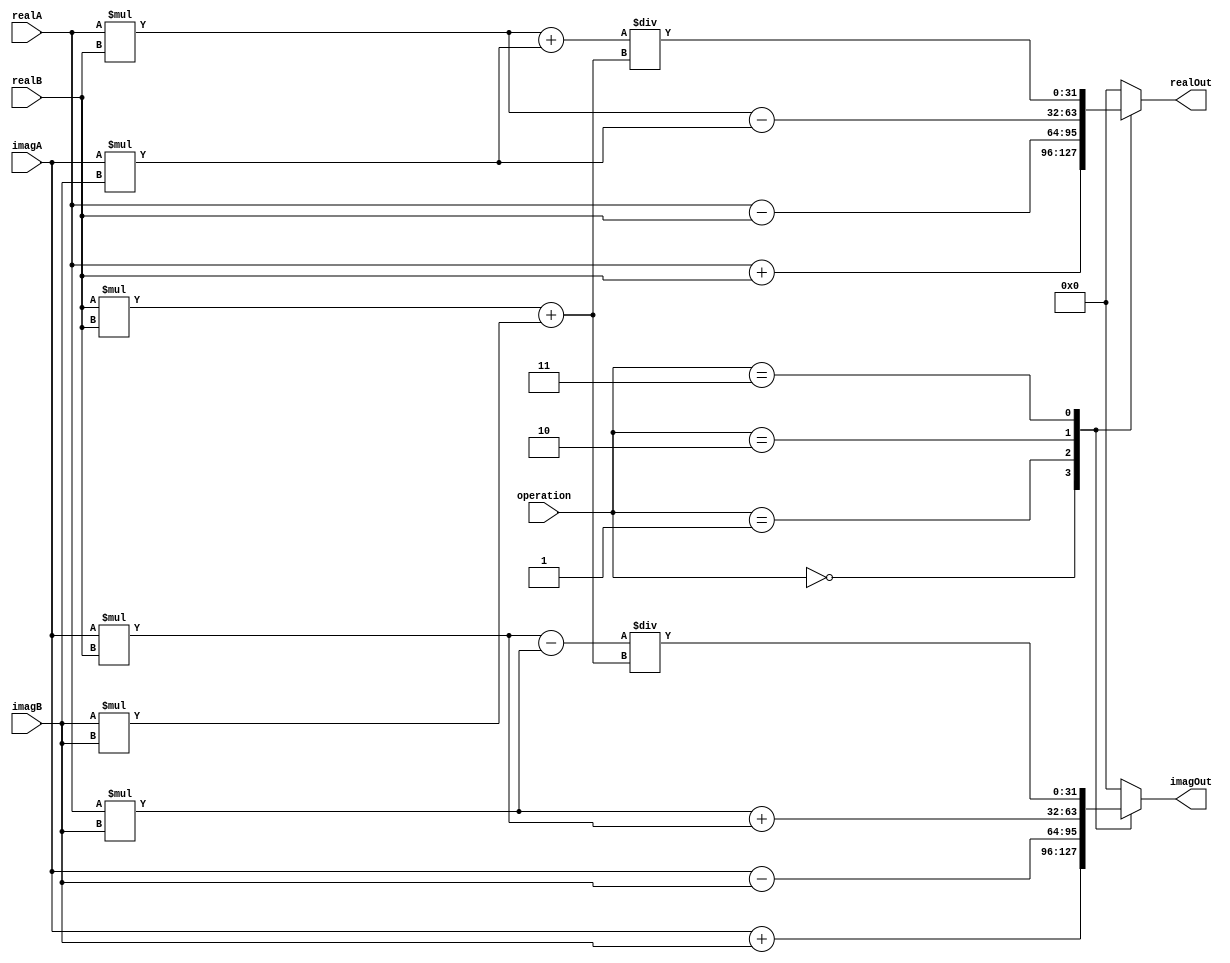
module Complex_ALU (
    input [31:0] realA,
    input [31:0] imagA,
    input [31:0] realB,
    input [31:0] imagB,
    input [3:0] operation,
    output reg [31:0] realOut,
    output reg [31:0] imagOut
);

reg [31:0] result_real;
reg [31:0] result_imag;

always @(*)
begin
    case(operation)
        4'b0000: // Addition
            begin
                result_real = realA + realB;
                result_imag = imagA + imagB;
            end
        4'b0001: // Subtraction
            begin
                result_real = realA - realB;
                result_imag = imagA - imagB;
            end
        4'b0010: // Multiplication
            begin
                result_real = realA * realB - imagA * imagB;
                result_imag = realA * imagB + imagA * realB;
            end
        4'b0011: // Division
            begin
                result_real = (realA * realB + imagA * imagB) / (realB*realB + imagB*imagB);
                result_imag = (imagA * realB - realA * imagB) / (realB*realB + imagB*imagB);
            end
        // Add more operations as needed
        default:
            begin
                result_real = 32'b0;
                result_imag = 32'b0;
            end
    endcase
end

assign realOut = result_real;
assign imagOut = result_imag;

endmodule